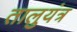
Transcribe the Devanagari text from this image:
तालुयंत्र